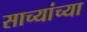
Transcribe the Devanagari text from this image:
साच्यांच्या